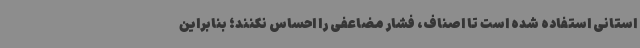
استانی استفاده شده است تا اصناف، فشار مضاعفی را احساس نکنند؛ بنابراین